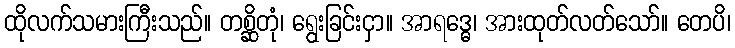
ထိုလက်သမားကြီးသည်။ တစ္ဆိတုံ၊ ရွေးခြင်းငှာ။ အာရဒ္ဓေ၊ အားထုတ်လတ်သော်။ တေပိ၊